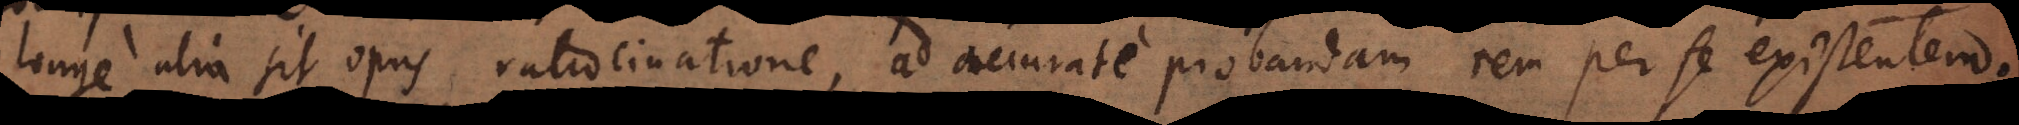
longe alia sit opus ratiocinatione, ad accurate probandam rem per se existentem.